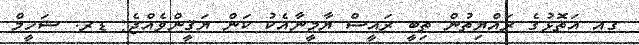
ގއ އަތޮޅުގެ ރައްޔިތުން ތިބީ ރައީސް ޔާމީނާއެކު ކަން ޔަޤީންވެއްޖެ: ޑރ. ޝަހީީމް